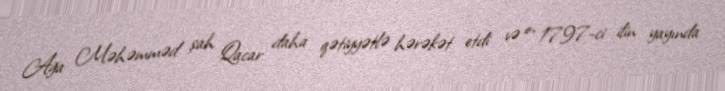
Ağa Məhəmməd şah Qacar daha qətiyyətlə hərəkət etdi və o, 1797-ci ilin yayında